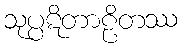
သုပ္ပဋိတာဠိတဿ